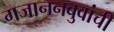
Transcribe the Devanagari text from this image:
गजाननबुवांची